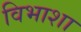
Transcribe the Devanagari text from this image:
विभाशा